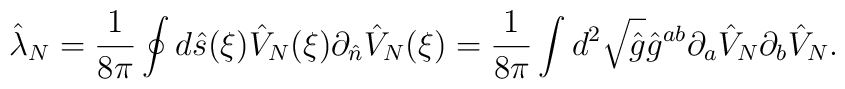
{\hat{\lambda}_N}={1\over{8\pi}}\oint{d}\hat{s}(\xi){\hat{V}_N}(\xi){\partial_{\hat{n}}}{\hat{V}_N}(\xi)={1\over{8\pi}}\int{d^2}\sqrt{\hat{g}}{\hat{g}^{ab}}{\partial_a}{\hat{V}_N}{\partial_b}{\hat{V}_N}.